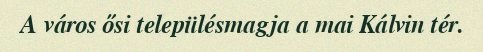
A város ősi településmagja a mai Kálvin tér.